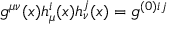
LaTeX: g ^ { \mu \nu } ( x ) h _ { \mu } ^ { i } ( x ) h _ { \nu } ^ { j } ( x ) = g ^ { ( 0 ) i j }